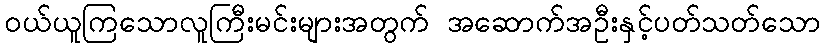
ဝယ်ယူကြသောလူကြီးမင်းများအတွက် အဆောက်အဦးနှင့်ပတ်သတ်သော